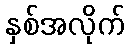
နှစ်အလိုက်